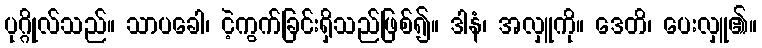
ပုဂ္ဂိုလ်သည်။ သာပခေါ၊ ငဲ့ကွက်ခြင်းရှိသည်ဖြစ်၍။ ဒါနံ၊ အလှူကို။ ဒေတိ၊ ပေးလှူ၏။